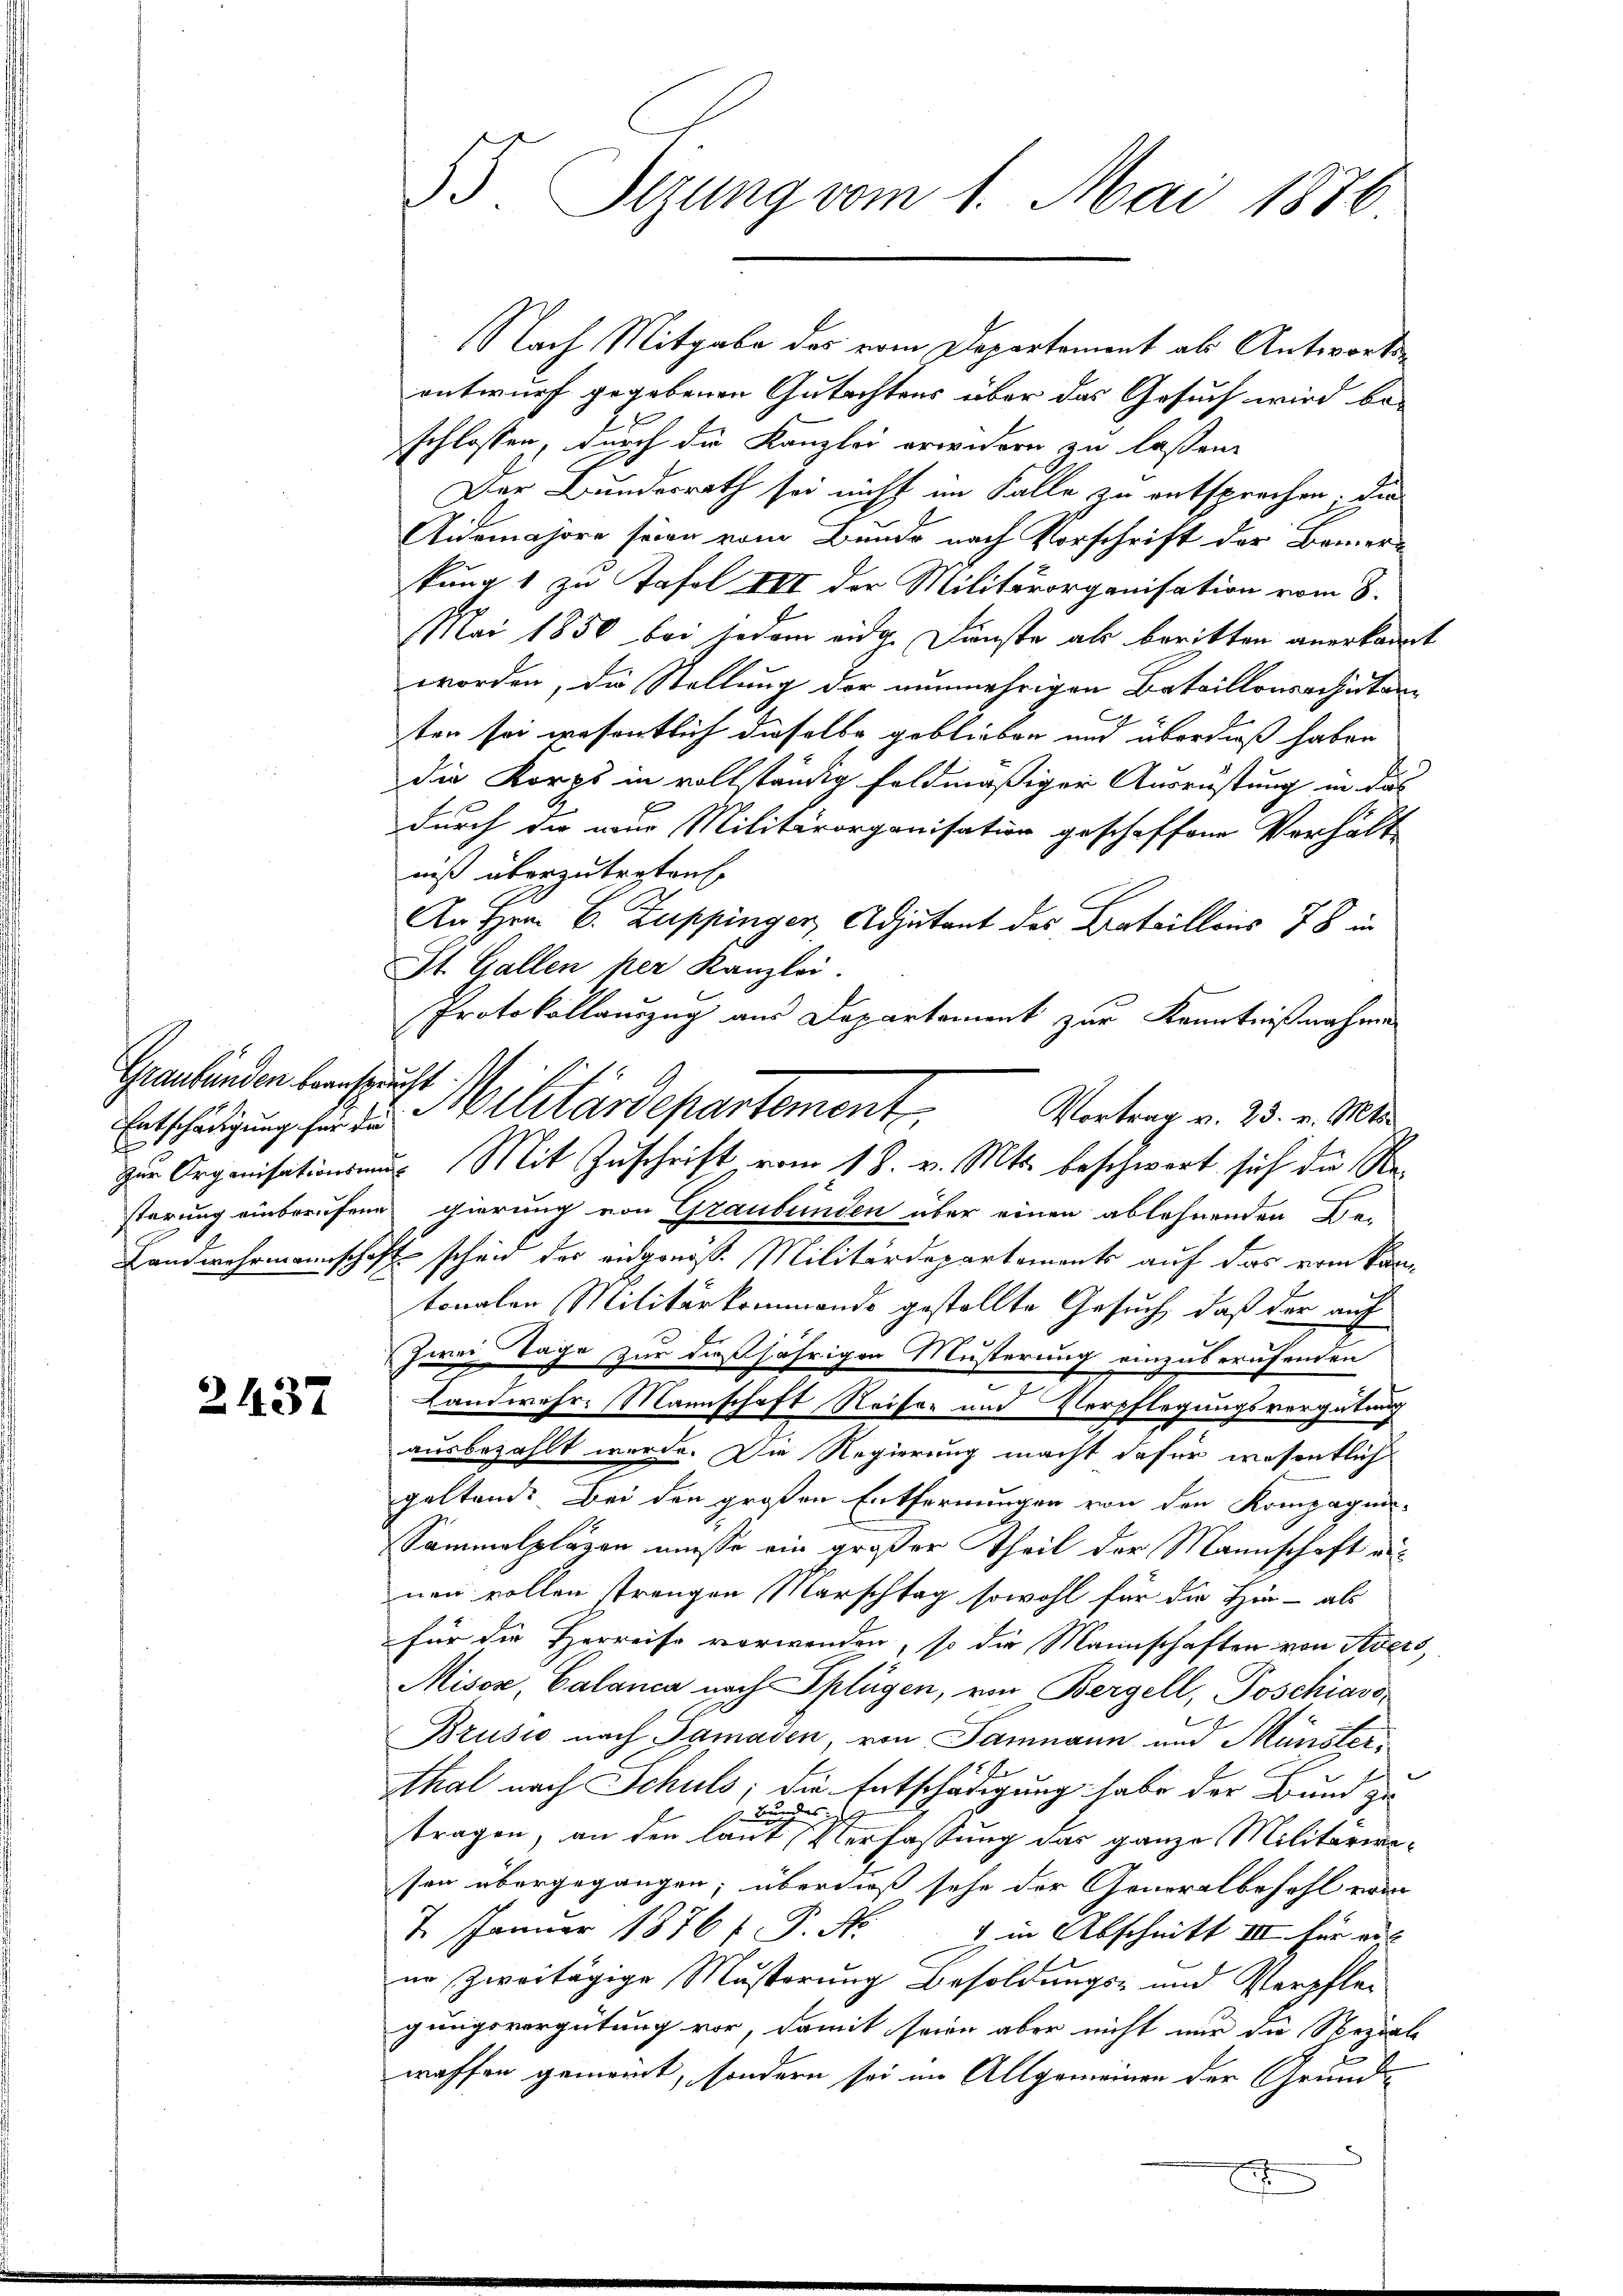
Graubünden beansprucht. I

2437

55. Sizung vom 1. Mai 1876

Nach Mitgabe des vom Departement als Antwortsentwurf gegebenen Gutachtens über das Gesuch wird be-
schlossen, durch die Kanzlei erwidern zu laßen.
Der Bundesrath sei nicht im Falle zu entsprechen. Die
Aidemajore seien vom Bunde nach Vorschrift der Bemerkung 1 zu Tafel III der Militärorganisation vom 8.
Mai 1850 bei jedem eidg. Dunste als beritten anerkannt
worden, die Stellung der nunmehrigen Bataillonsachten
ten sei wesentlich dieselbe geblieben und überdieß haben
Die Korps in vollständig feldmäßiger Ausrüstung in das
durch die nur Militärorganisation geschaffene Verhält
niß überzutreten.
An Hrn. B. Zuppinger, Adjutant des Bataillons 78 in
St. Gallen per Kanzlei.
Protokollauszug aus Departement zur Kenntnißnahme
Vortrag v. 23. v. Mts.
störung einberufene gierung von Graubünden über einen ablehnenden Be-
Landwehrmannschaft scheid der eidgenöß. Militärdepartements auf das vom Kantonalen Militärkommends gestellte Gesuch, daß der auf
zwei Tage zur dießjährigen Musterung einzuberufenden
Landwehr. Mannschaft Reiser und Verpflegungsvergütung
ausbezahlt werde. Die Regierung macht dafür wesentlich
geltend. Bei den großen Entfernungen von den Kompagnis-
Sammelplagen müsse ein großer Theil der Mannschaft aus
nen vollen strengen Marschtag sowohl für die Hin- als
für die Herreise vorwenden, so die Mannschaften von Avers
Misox, Calanca nach Splügen, von Bergell, Poschiavo
Brusio nach Samaden, von Sammann und Münstersthal nach Schuls; die Entschädigung habe der Bund zu
1 durch
tragen, an den laut Verfassung das ganze Militärwesen übergegangen; überdieß sehe der Generalbefehl von
7. Januar 1876 f. P. Nr. 1 in Abschnitt III für auf
in zweitägige Musterung Besoldungs- und Verpflegungsvergütung vor, damit seine aber nicht nur die Speziale
waffen gemeint, sondern sei im Allgemeinen der Grund¬

Entschädigung für der Militärdepartement
zur Organisationsmus Mit Zuschrift vom 18. v. Mts. beschwert sich die Re¬